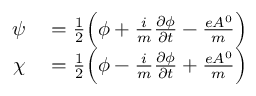
\begin{array} { r l } { \psi } & { { } = \frac { 1 } { 2 } \Big ( \phi + \frac { i } { m } \frac { \partial \phi } { \partial t } - \frac { e A ^ { 0 } } { m } \Big ) } \\ { \chi } & { { } = \frac { 1 } { 2 } \Big ( \phi - \frac { i } { m } \frac { \partial \phi } { \partial t } + \frac { e A ^ { 0 } } { m } \Big ) } \end{array}